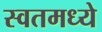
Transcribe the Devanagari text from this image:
स्वतमध्ये